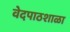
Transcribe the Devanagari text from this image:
वेदपाठशाळा